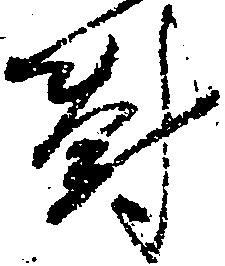
対